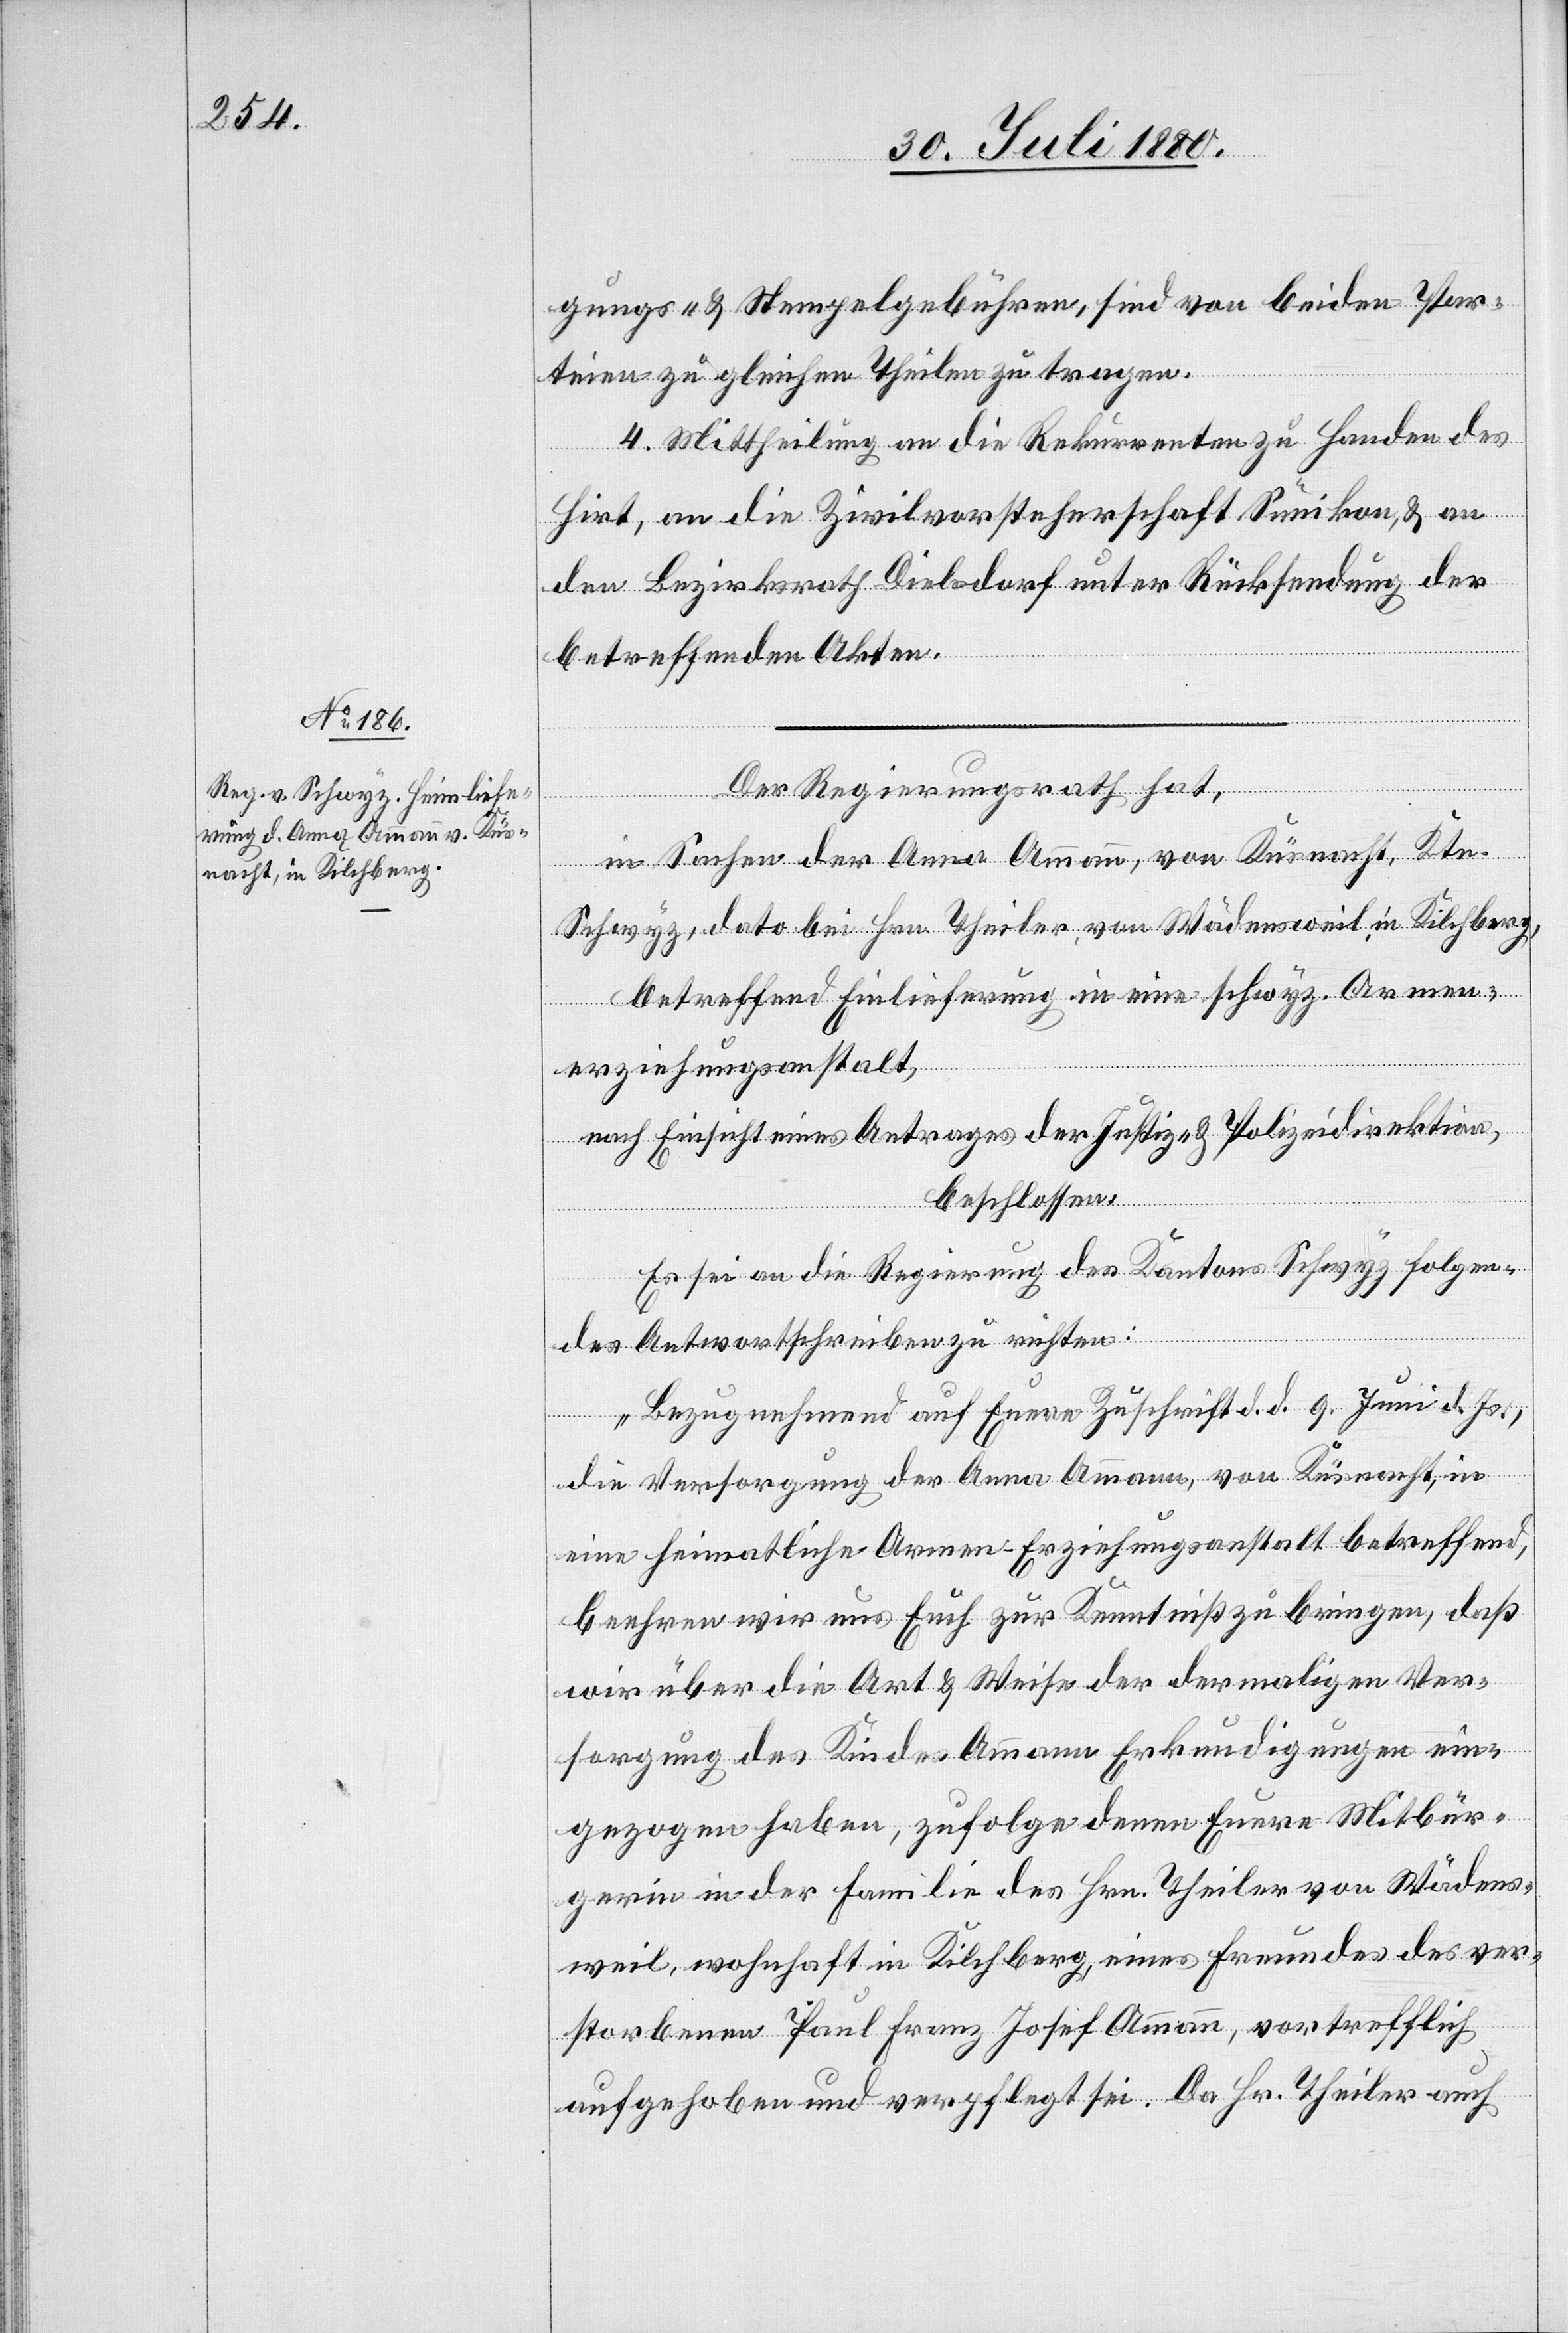
gungs- & Stempelgebühren, sind von beiden Par¬
teien zu gleichen Theilen zu tragen.
4. Mittheilung an die Rekurrenten zu Handen des
Hirt, an die Zivilvorsteherschaft Sünikon & an
den Bezirksrath Dielsdorf unter Rücksendung der
betreffenden Akten.
Der Regierungsrath hat,
in Sachen der Anna Ammann, von Küsnacht, Ktn.
Schwyz, dato bei Hrn. Theiler von Wädensweil in Kilchberg,
betreffend Einlieferung in eine schwyz. Armen¬
erziehungsanstalt,
nach Einsicht eines Antrages der Justiz- und Polizeidirektion,
beschloßen:
Es sei an die Regierung des Kantons Schwyz folgen¬
des Antwortschreiben zu richten:
„Bezugnehmend auf Eure Zuschrift d. d. 9. Juni d. Js.,
die Versorgung der Anna Ammann, von Küsnacht, in
eine heimatliche Armen-Erziehungsanstalt betreffend,
beehren wir uns Euch zur Kenntniß zu bringen, daß
wir über die Art & Weise der dermaligen Ver¬
sorgung des Kindes Ammann Erkundigungen ein¬
gezogen haben, zufolge denen Eure Mitbür¬
gerin in der Familie des Hrn. Theiler von Wädens¬
weil, wohnhaft in Kilcherg, eines Freundes des ver¬
storbenen Paul Franz Josef Ammann, vortrefflich
aufgehoben und verpflegt sei. Da Hr. Theiler auch